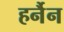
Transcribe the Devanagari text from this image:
हर्नैन